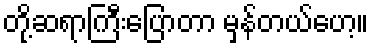
တို့ဆရာကြီးပြောတာ မှန်တယ်ဟေ့။